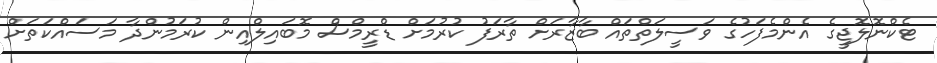
ޓެކްނޮލޮޖީގެ އެންމެފަހުގެ ވަސީލަތްތައް ބާޒާރަށް ތާރަފު ކުރުމަށް ޑްރީމްސް މޮބައިލްއިން ކުރަމުންދާ މަަސައްކަތަށް